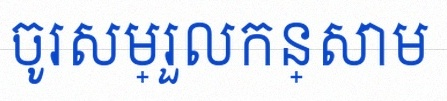
ចូរសម្រួលកន្សោម